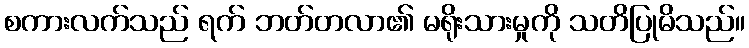
စကားလက်သည် ရက် ဘတ်တလာ၏ မရိုးသားမှုကို သတိပြုမိသည်။